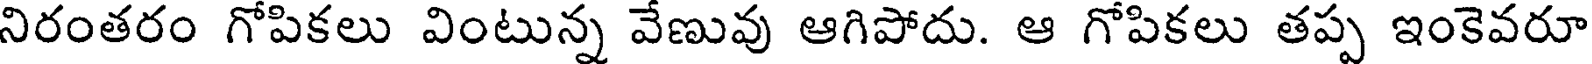
నిరంతరం గోపికలు వింటున్న వేణువు ఆగిపోదు. ఆ గోపికలు తప్ప ఇంకెవరూ